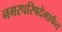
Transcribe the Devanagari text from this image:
नगरपरिषदेमार्फत